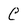
Character: C